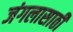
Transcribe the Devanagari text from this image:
जंगलासाठी